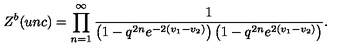
Z ^ { b } ( u n c ) = \prod _ { n = 1 } ^ { \infty } \frac 1 { \left( 1 - q ^ { 2 n } e ^ { - 2 ( v _ { 1 } - v _ { 2 } ) } \right) \left( 1 - q ^ { 2 n } e ^ { 2 ( v _ { 1 } - v _ { 2 } ) } \right) } .